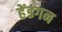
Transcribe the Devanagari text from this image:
हेंडगन